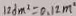
1 2 d m ^ { 2 } = 0 . 1 2 m ^ { 2 }